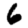
Digit: 6